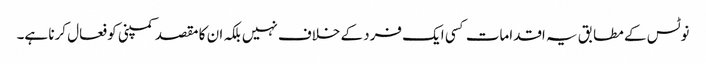
نوٹس کے مطابق یہ اقدامات کسی ایک فرد کے خلاف نہیں بلکہ ان کا مقصد کمپنی کو فعال کرنا ہے۔